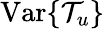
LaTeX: \operatorname{Var}\{ \mathcal{T}_{u}\}